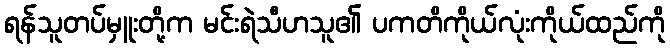
ရန်သူတပ်မှူးတို့က မင်းရဲသီဟသူ၏ ပကတိကိုယ်လုံးကိုယ်ထည်ကို